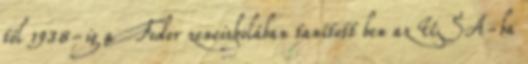
tól 1938-ig a Fodor zeneiskolában tanított ben az USA-ba